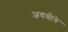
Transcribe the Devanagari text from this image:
अवधीने